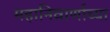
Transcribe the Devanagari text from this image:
महानिवार्णाच्या